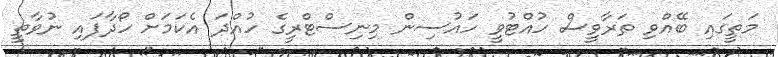
މަތީގައި ބޭއްވި ތަރާވީސް ހުއްޓުވީ ހައުސިން މިނިސްޓްރީގެ ހުއްދަ އެކަމަށް ހޯދާފައި ނުވާތީ